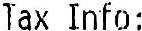
TAX INFO: